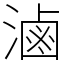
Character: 滷